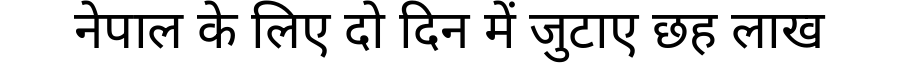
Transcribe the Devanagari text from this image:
नेपाल के लिए दो दिन में जुटाए छह लाख